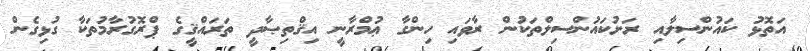
އަތޮޅު ކައުންސިލާއި ރަށުކައުންސިލްތަކުން ރާވައި ހިންގާ ޢުމްރާނީ އިޤްތިޞާދީ ތަރައްޤީގެ ޕްރޮގުރާމުތަކާ ގުޅިގެން